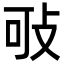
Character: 㪃